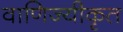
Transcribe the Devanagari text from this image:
वाणिज्यीकृत